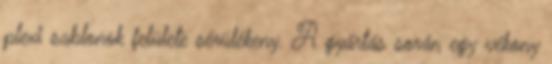
plexi sablonok felülete sérülékeny. A gyártás során egy vékony